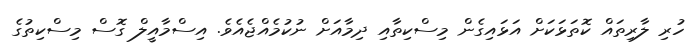
ހުރި ލާރިތައް ކޮތަޅަކަށް އަޅައިގެން މިސްކިތާއި ދިމާއަށް ނުކުމެއްޖެއެވެ. އިސްމާއީލް ގޮސް މިސްކިތުގެ